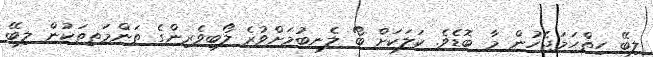
ލިބޭ ހިތްހަމަޖެހުން މާ ބޮޑެވެ. ކަލަކަށް ބޯ ލެނބުމަށްވުރެ ލޯބިވެރިންގެ ތަންމަތިތަކުން ލިބޭ